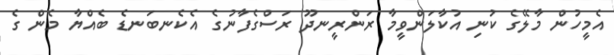
އެމީހުން މާލޭގެ ކުނި އުކާލަންވީމާ ރަންރީނދޫ ރަސްގެފާނުގެ އެކެނބަނޑެ ބެއްޔާ މެން ގެ